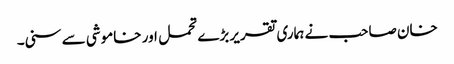
خان صاحب نے ہماری تقریر بڑے تحمل اور خاموشی سے سنی۔